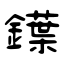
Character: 鐷